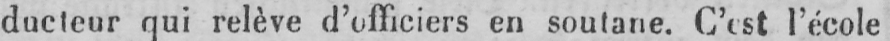
ducteur qui relève d’officiers en soutane. C’est l’école